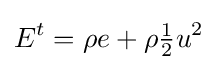
E^{t}=\rho e+\rho {\tfrac {1}{2}}u^{2}